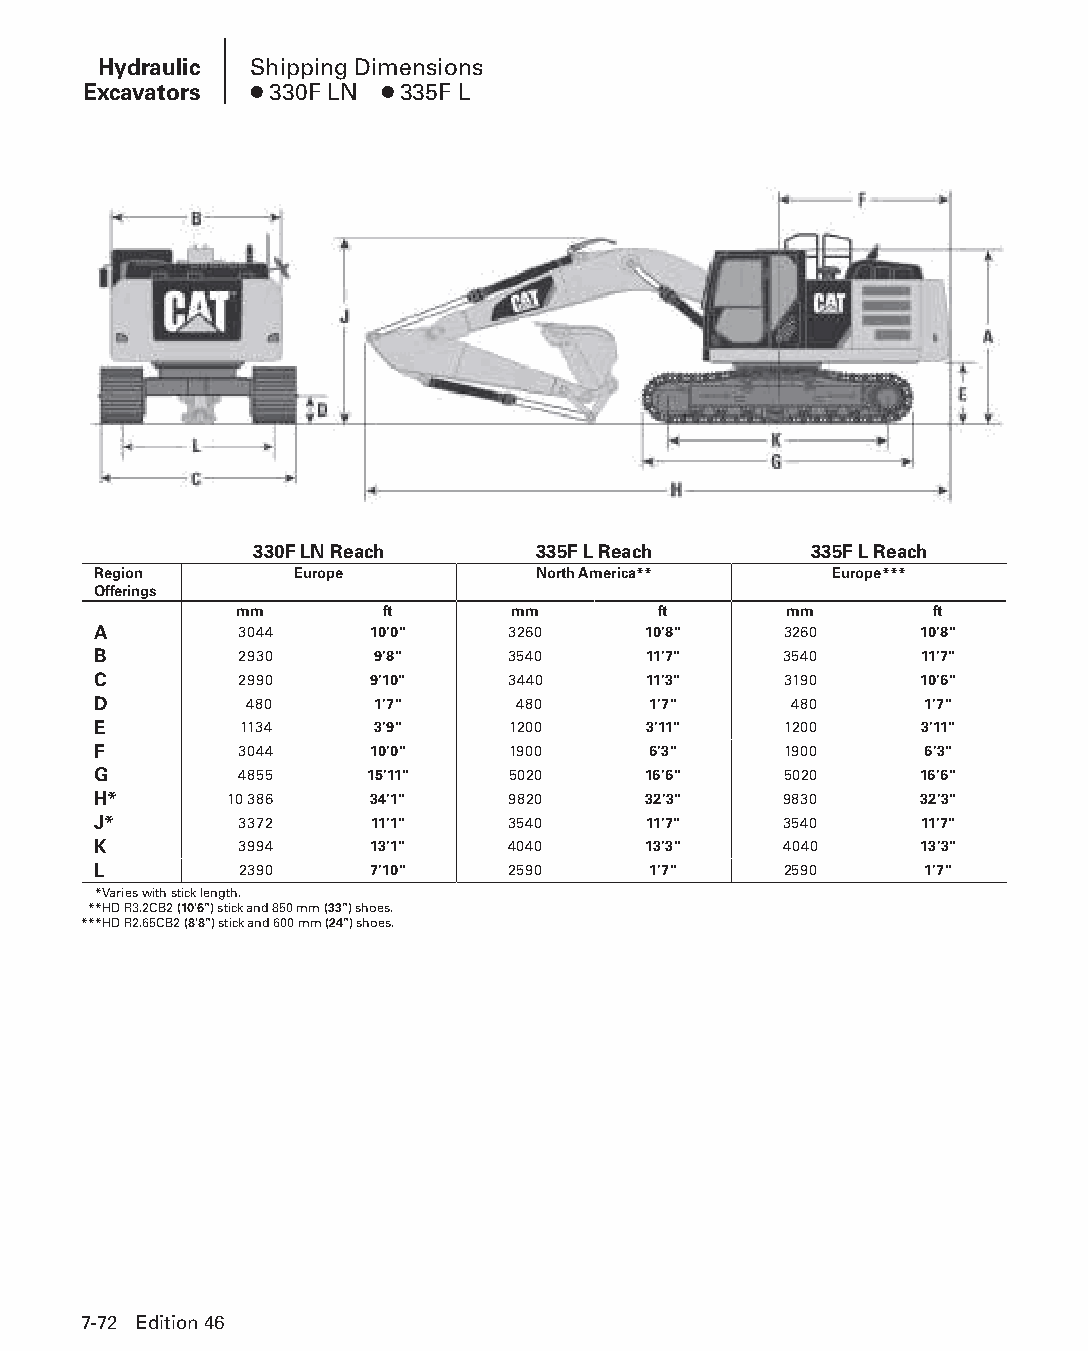
Hydraulic Shipping Dimensions
 Excavators ● 330F LN ● 335F L
 330F LN Reach      335F L Reach      335F L Reach
 Region       Europe          North America**    Europe***
 Offerings
 mm        ft      mm        ft      mm        ft
 A        3044     10'0"    3260     10'8"    3260     10'8"
 B        2930     9'8"     3540     11'7"    3540     11'7"
 C        2990     9'10"    3440     11'3"    3190     10'6"
 D         480     1'7"      480     1'7"      480      1'7"
 E        1134     3'9"     1200     3'11"    1200     3'11"
 F        3044     10'0"    1900     6'3"     1900      6'3"
 G        4855     15'11"   5020     16'6"    5020     16'6"
 H*      10 386    34'1"    9820     32'3"    9830     32'3"
 J*       3372     11'1"    3540     11'7"    3540     11'7"
 K        3994     13'1"    4040     13'3"    4040     13'3"
 L        2390     7'10"    2590     1'7"     2590      1'7"
 ***Varies with stick length.
 ***HD R3.2CB2 (10'6") stick and 850 mm (33") shoes.
 ***HD R2.65CB2 (8'8") stick and 600 mm (24") shoes.
 7-72 Edition 46
 PPHHBB--SSeecc0077--HHyyddrraauulliiccEExxccaavvaattoorrss((ppgg000077--8888))..iinndddd 7722 1122//44//1155 1100::3355 AAMM